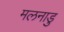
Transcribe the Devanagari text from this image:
मलनाडु